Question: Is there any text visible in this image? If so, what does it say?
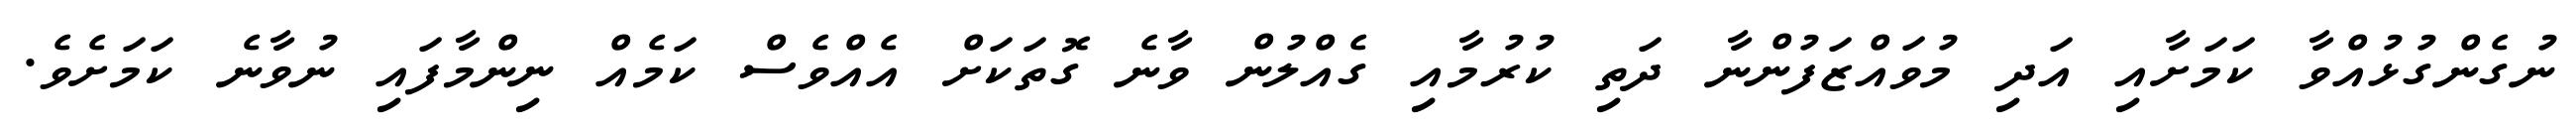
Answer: ނުގެންގުޅުއްވާ ކަމަށާއި އަދި މުވައްޒަފުންނާ ދަތި ކުރުމާއި ގެއްލުން ވާނެ ގޮތަކަށް އެއްވެސް ކަމެއް ނިންމާފައި ނުވާނެ ކަމަށެވެ.